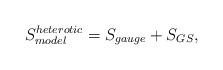
LaTeX: \begin{align*}S_{model}^{heterotic} = S_{gauge} + S_{GS},\end{align*}